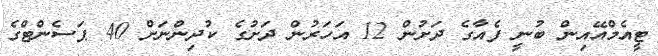
ޓީއެމްއޭއިން ބުނީ ފެއާގެ ދަށުން 12 އަހަރުން ދަށުގެ ކުދިންނަށް 40 ޕަސެންޓްގެ